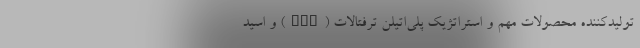
تولیدکننده محصولات مهم و استراتژیک پلی‌اتیلن ترفتالات (PET) و اسید